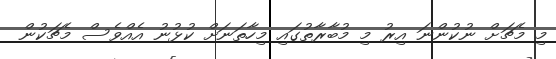
މި މެޗަށް ނުކުންނަ އިރު މި މުބާރާތުގައި މިހާތަނަށް ކުޅުނު އެއްވެސް މެޗަކުން